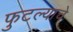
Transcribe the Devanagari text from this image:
फुटल्याचे